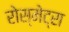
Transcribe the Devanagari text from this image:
रोस्मेट्रा